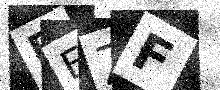
Text: BEZF